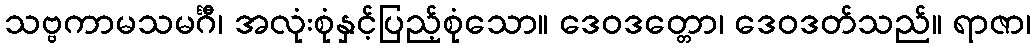
သဗ္ဗကာမသမင်္ဂီ၊ အလုံးစုံနှင့်ပြည့်စုံသော။ ဒေဝဒတ္တော၊ ဒေဝဒတ်သည်။ ရာဇာ၊